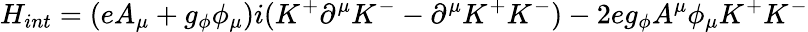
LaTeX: H_{int}=(eA_{\mu}+g_{\phi}\phi_{\mu})i(K^{+}\partial^{\mu}K^{-}-\partial^{\mu}K^{+}K^{-})-2eg_{\phi}A^{\mu}\phi_{\mu}K^{+}K^{-}